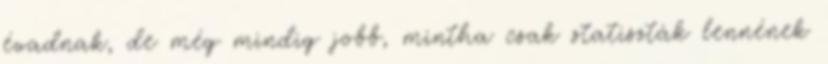
évadnak, de még mindig jobb, mintha csak statiszták lennének